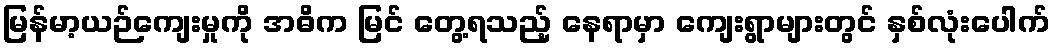
မြန်မာ့ယဉ်ကျေးမှုကို အဓိက မြင် တွေ့ရသည့် နေရာမှာ ကျေးရွာများတွင် နှစ်လုံးပေါက်